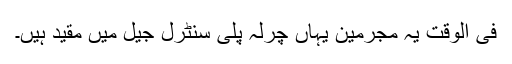
فی الوقت یہ مجرمین یہاں چرلہ پلی سنٹرل جیل میں مقید ہیں۔